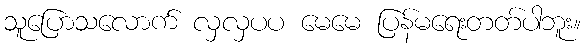
သူပြောသလောက် လှလှပပ မေမေ ပြန်မရေးတတ်ပါဘူး။